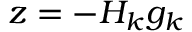
z = - H _ { k } g _ { k }